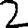
Digit: 2